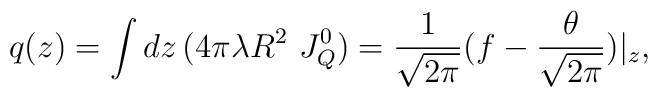
q(z)=\int dz\, (4\pi\lambda R^2\ J^{0}_{Q})=\frac{1}{\sqrt{2\pi}}(f-\frac{\theta}{\sqrt{2\pi}})|_{z},